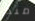
منذ